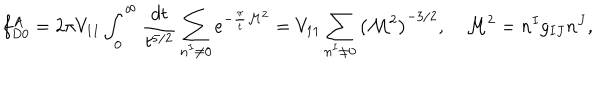
f _ { D 0 } ^ { A } = 2 \pi V _ { 1 1 } \int _ { 0 } ^ { \infty } \frac { d t } { t ^ { 5 / 2 } } \sum _ { n ^ { I } \ne 0 } e ^ { - \frac { \pi } { t } { \cal M } ^ { 2 } } = V _ { 1 1 } \sum _ { n ^ { I } \ne 0 } \left( { \cal M } ^ { 2 } \right) ^ { - 3 / 2 } , \quad { \cal M } ^ { 2 } = n ^ { I } g _ { I J } n ^ { J } ,